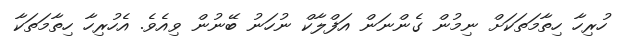
ހުރިހާ ހިތާމަތަކަށް ނިމުން ގެންނަން އަފްލާކް ނުހަނު ބޭނުން ވިއެވެ. އެހުރިހާ ހިތާމަތަކާ